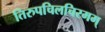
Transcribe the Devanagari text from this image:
तिरुपचिलचिरमम्